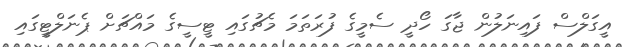
އީގަލްސް ފައިނަލުން ޖާގަ ހޯދީ ސެމީގެ ފުރަތަމަ މެޗުގައި ޓީސީގެ މައްޗަށް ޕެނަލްޓީގައި